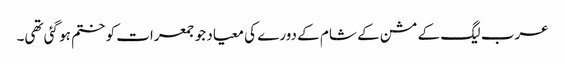
عرب لیگ کے مشن کے شام کے دورے کی معیاد جو جمعرات کو ختم ہو گئی تھی۔